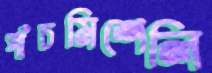
পাঁচমিশেলি